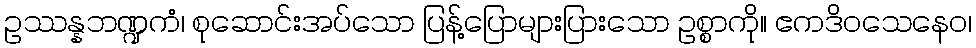
ဥဿန္နဘဏ္ဍကံ၊ စုဆောင်းအပ်သော ပြန့်ပြောများပြားသော ဥစ္စာကို။ ဧကဒိဝသေနေဝ၊